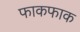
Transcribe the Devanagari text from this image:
फाकफाक